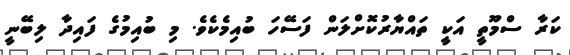
ކަރާ ސްމޫތީ އަކީ ތައްޔާރުކޮށްލަން ފަސޭހަ ބުއިމެކެވެ. މި ބުއިމުގެ ފައިދާ ލިބޭނީ